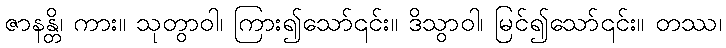
ဇာနန္တိ၊ ကား။ သုတွာဝါ၊ ကြား၍သော်၎င်း။ ဒိသွာဝါ၊ မြင်၍သော်၎င်း။ တဿ၊